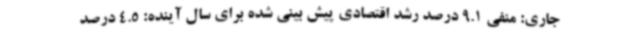
جاری: منفی 9.1 درصد رشد اقتصادی پیش بینی شده برای سال آینده: 4.5 درصد